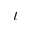
\iota